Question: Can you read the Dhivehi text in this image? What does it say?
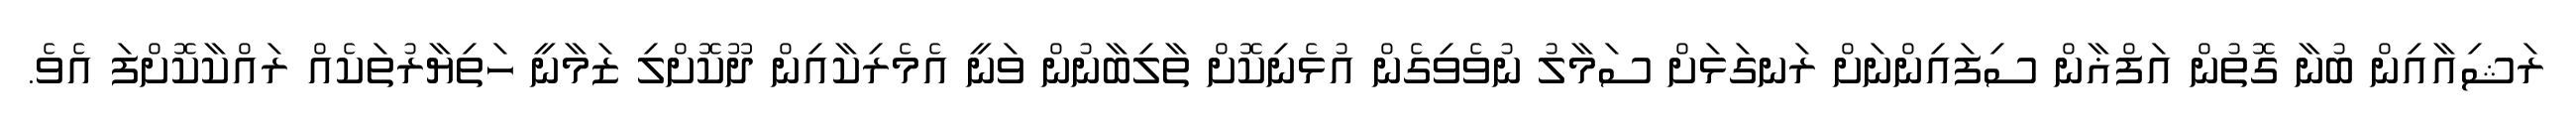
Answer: ރަޝިއާއިން ބުނާ ގޮތުން އަފްޣާން ސިފައިންނަށް ރަނގަޅަށް ސަމާލު ނުވެވިގެން އުޅެނިކޮށް ތާލިބާނުން ވަނީ އެމެރިކާއިން ދޫކޮށްލި ޒަމާނީ ހަތިޔާރުތަކެއް ރައްކާކޮށްފަ އެވެ.